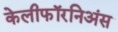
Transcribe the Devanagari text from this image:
केलीफॉरनिअंस